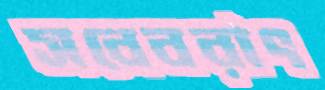
সবেবরাৎ